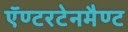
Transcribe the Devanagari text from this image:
ऍण्टरटेनमैण्ट